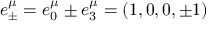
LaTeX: e _ { \pm } ^ { \mu } = e _ { 0 } ^ { \mu } \pm e _ { 3 } ^ { \mu } = \left( 1 , 0 , 0 , \pm 1 \right)